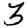
Digit: 3